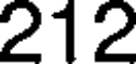
212